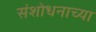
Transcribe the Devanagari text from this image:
संशोधनाच्‍या